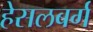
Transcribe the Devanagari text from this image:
हेसलबर्ग